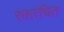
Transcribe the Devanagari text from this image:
रक्तरंचित